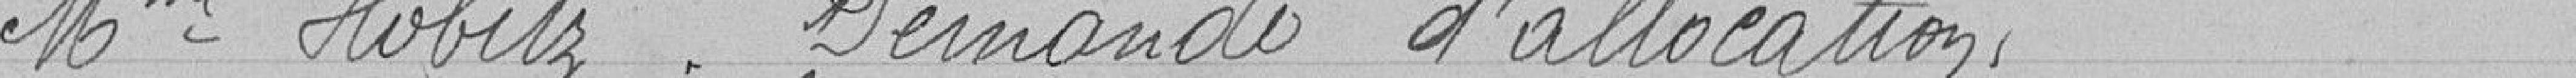
Mme Hobitz. Demande d'allocation.